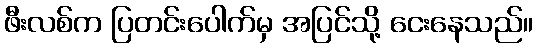
ဖီးလစ်က ပြတင်းပေါက်မှ အပြင်သို့ ငေးနေသည်။